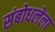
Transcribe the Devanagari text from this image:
संबोधलेला